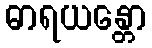
ဓာရယန္တော